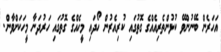
އަހަރެން ބޭނުންވޭ ކުޅުންތެރިއެއްގެ ގޮތުގައި ކުރިއެރުން ހޯދައި މީހެއްގެ ގޮތުގައި ހަރުދަނާ މީހަކަށްވާން.